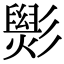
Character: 𢒵